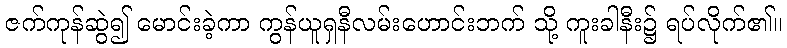
ဇက်ကုန်ဆွဲ၍ မောင်းခဲ့ကာ ကွန်ယူရှနီလမ်းဟောင်းဘက် သို့ ကူးခါနီး၌ ရပ်လိုက်၏။